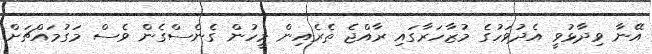
އޭނާ ވިދާޅުވީ އެދުވަހުގެ މުޒާހަރާގައި ރާއްޖެ ތެރެއިން މީހުން ގެނެސްގެން ވެސް މަގުމައްޗަށް